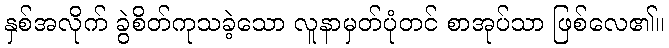
နှစ်အလိုက် ခွဲစိတ်ကုသခဲ့သော လူနာမှတ်ပုံတင် စာအုပ်သာ ဖြစ်လေ၏။